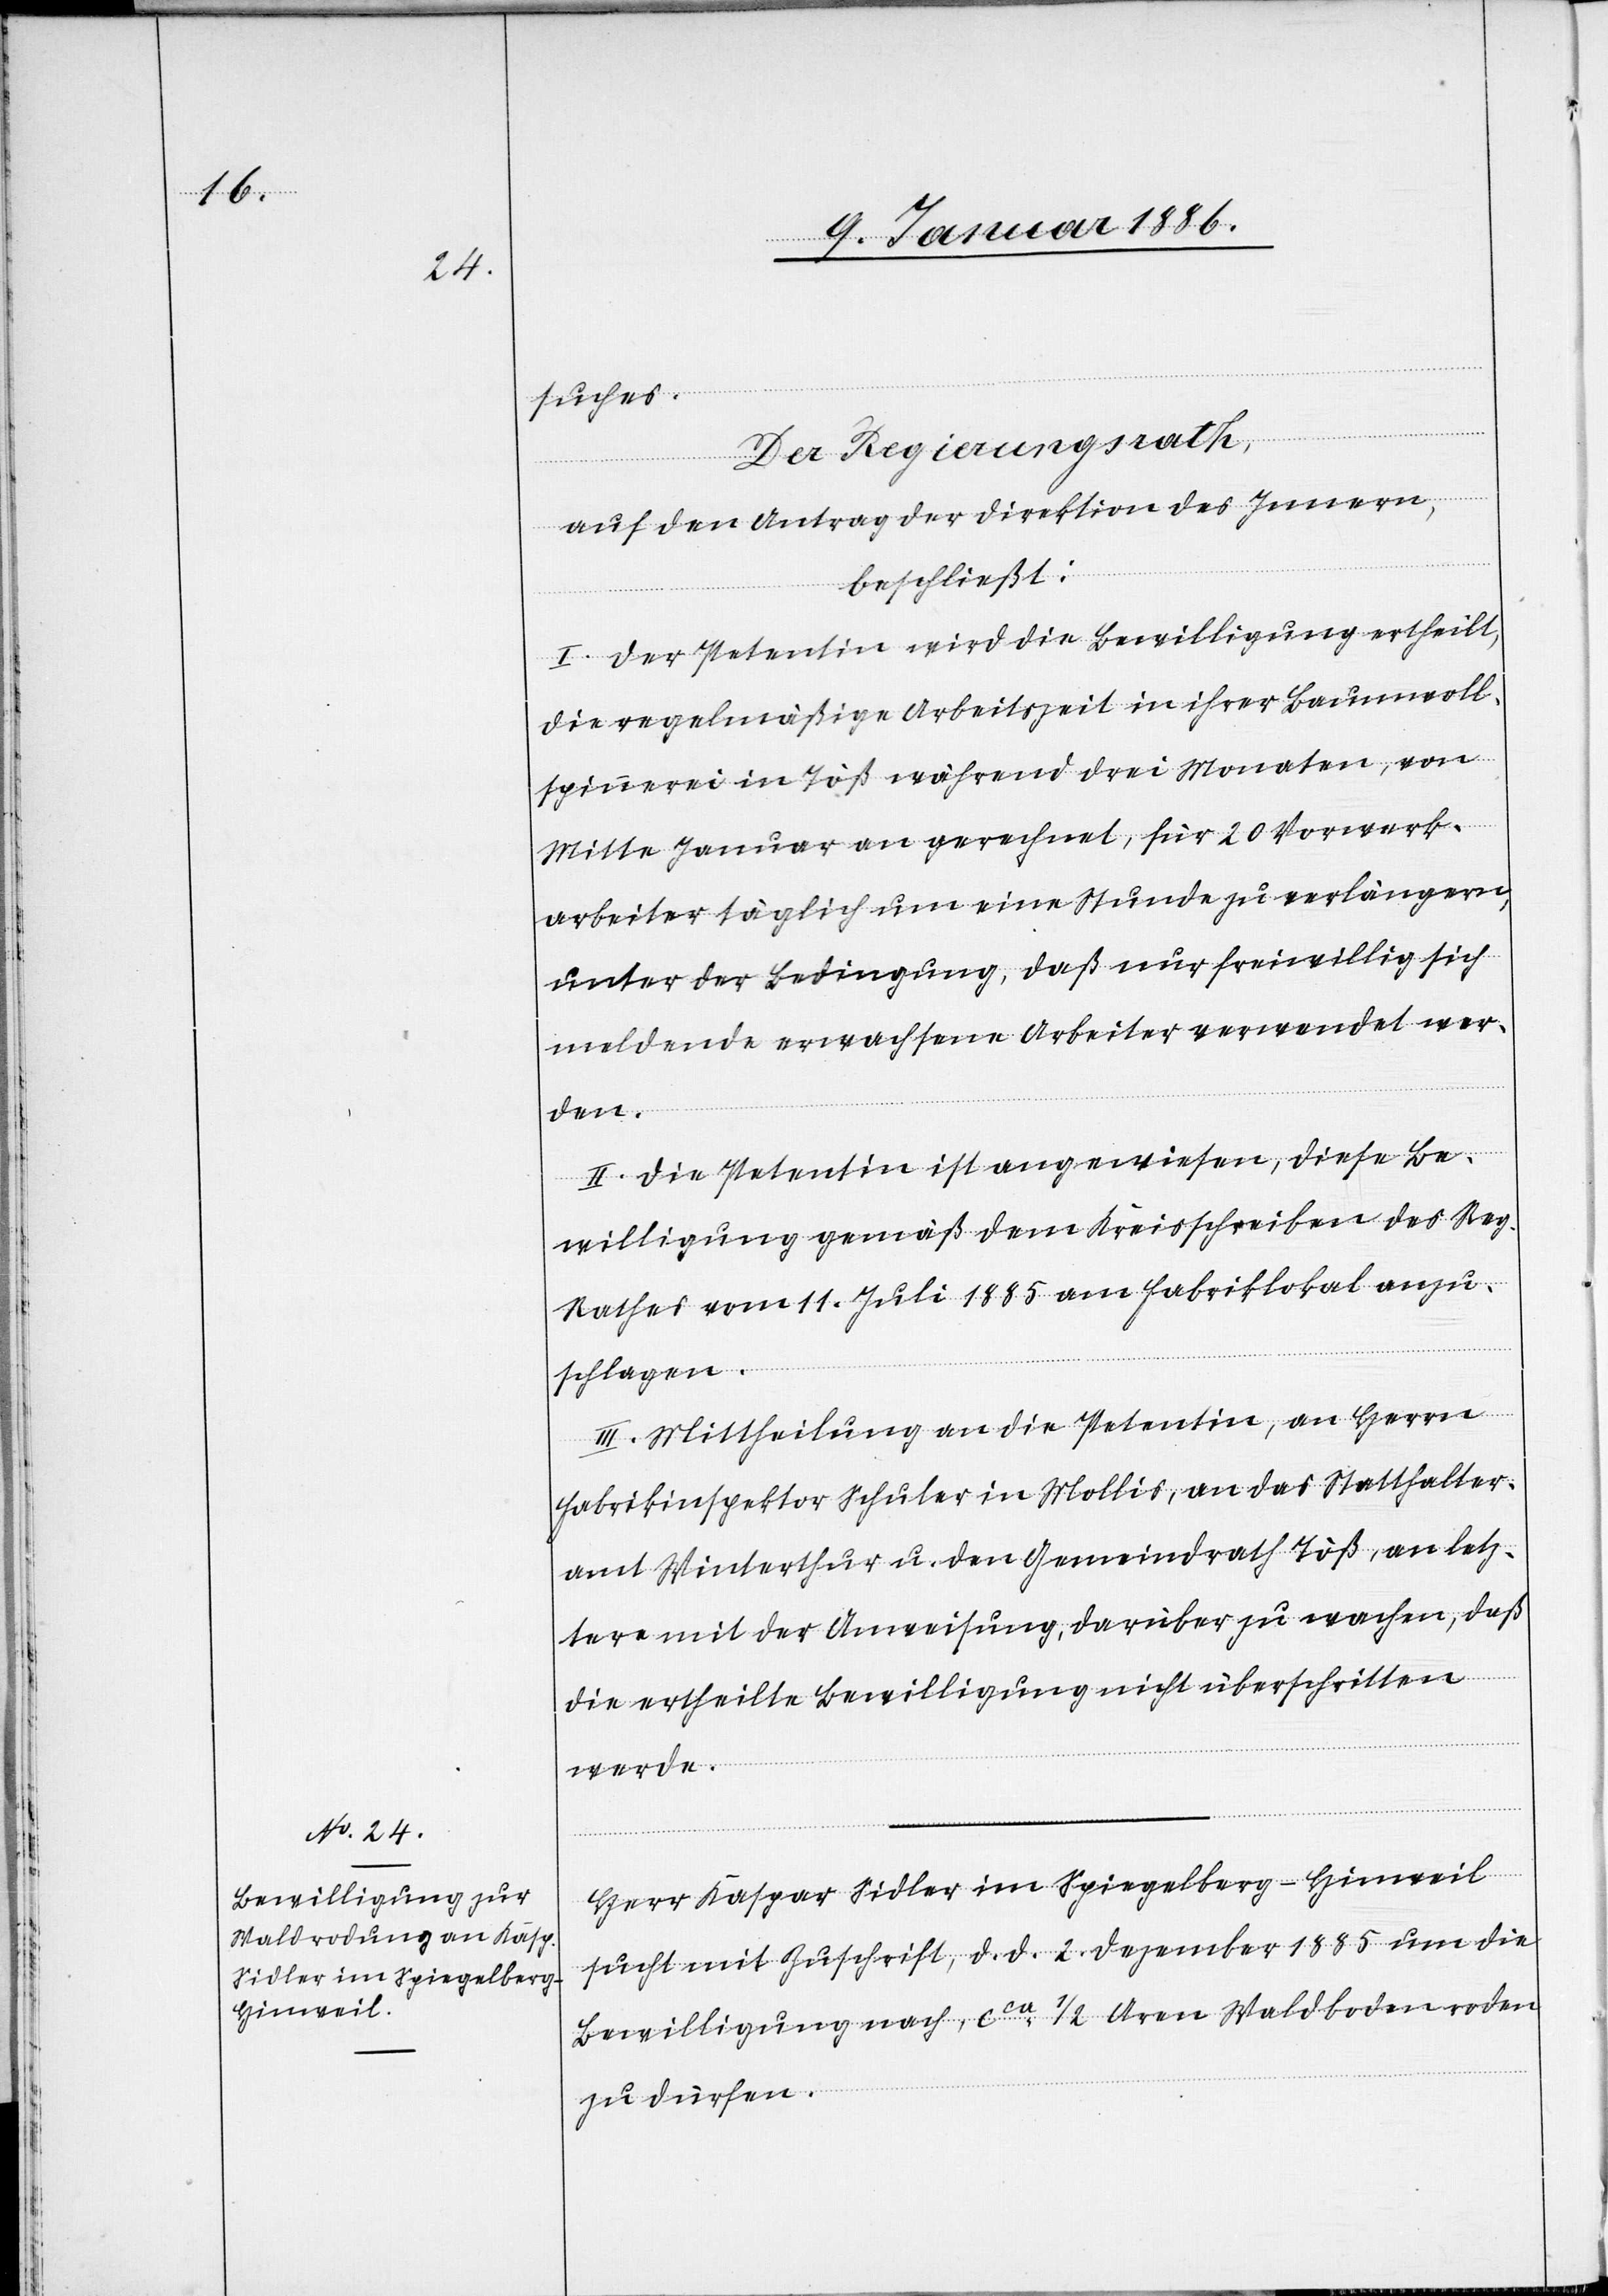
suches.
Der Regierungsrath,
auf den Antrag der Direktion des Innern,
beschließt:
I. Der Petentin wird die Bewilligung ertheilt,
die regelmäßige Arbeitszeit in ihrer Baumwoll¬
spinnerei in Töß während drei Monaten, von
Mitte Januar an gerechnet, für 20 Vorar¬
beiter täglich um eine Stunde zu verlängern,
unter der Bedingung, daß nur freiwillig sich
meldende erwachsene Arbeiter verwendet wer¬
den.
II. Die Petentin ist angewiesen, diese Be¬
willigung gemäß dem Kreisschreiben des Reg.
Rathes vom 1. Juli 1885 am Fabriklokal anzu¬
schlagen.
III. Mittheilung an die Petentin, an Herrn
Fabrikinspektor Schuler in Mollis, an das Statthalter¬
amt Winterthur u. den Gemeindrath Töß, an letz¬
tern mit der Anweisung, darüber zu wachen, daß
die ertheilte Bewilligung nicht überschritten
werde.
Herr Kaspar Sidler im Spiegelberg - Hinweil
sucht mit Zuschrift, d. d. 2. Dezember 1885 um die
Bewilligung nach, cca 1/2 Aren Waldboden roden
zu dürfen.